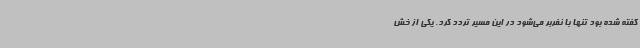
گفته شده بود تنها با نفربر می‌شود در این مسیر تردد کرد. یکی از خش